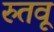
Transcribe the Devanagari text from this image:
रुतवू